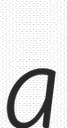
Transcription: a